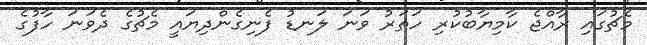
މެޗުގައި ރާއްޖެ ކާމިޔާބުކުރި ހަތަރު ވަނަ ލަނޑު ފެނިގެންދިޔައީ މެޗުގެ ދެވަނަ ހާފުގެ